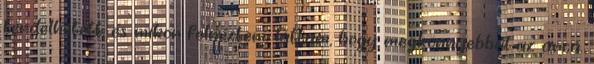
térdelhetett, és mikor felnéztem, láttam, hogy megkönnyebbül az arca.